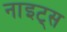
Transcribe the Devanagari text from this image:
नाइट्‌स